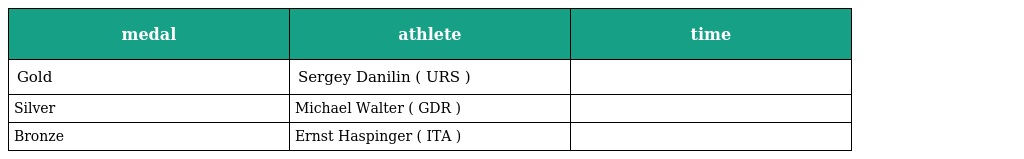
| medal | athlete | time |
 | --- | --- | --- |
 | Gold | Sergey Danilin ( URS ) |  |
 | Silver | Michael Walter ( GDR ) |  |
 | Bronze | Ernst Haspinger ( ITA ) |  |